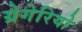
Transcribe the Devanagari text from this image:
ग्रेगेरियो